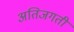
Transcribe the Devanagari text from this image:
अतिजगती